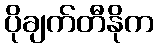
ပိုချက်တီနိုက